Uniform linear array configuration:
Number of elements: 8
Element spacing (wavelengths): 1
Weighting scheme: cosine
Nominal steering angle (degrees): -30
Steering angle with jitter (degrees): -30.264
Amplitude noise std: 0.05
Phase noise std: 0.05

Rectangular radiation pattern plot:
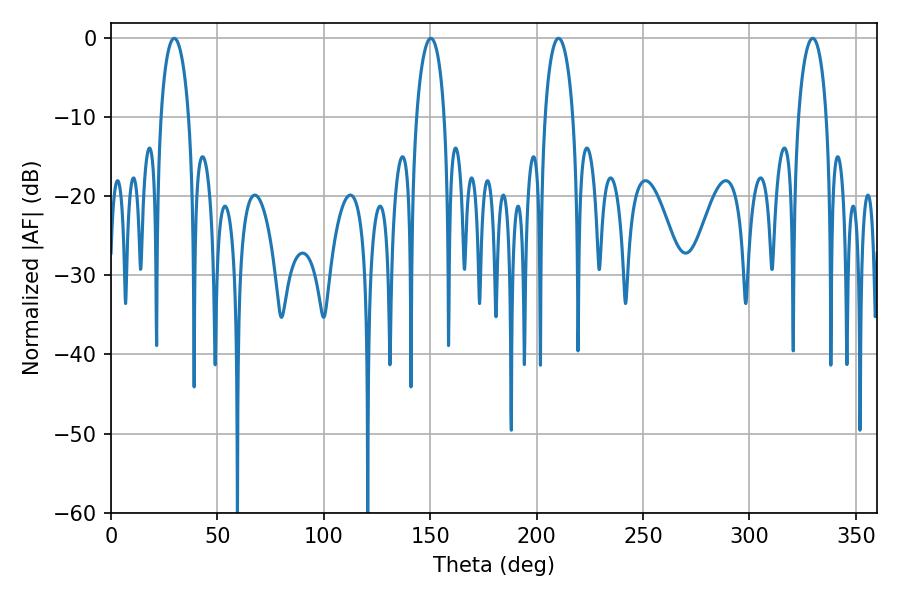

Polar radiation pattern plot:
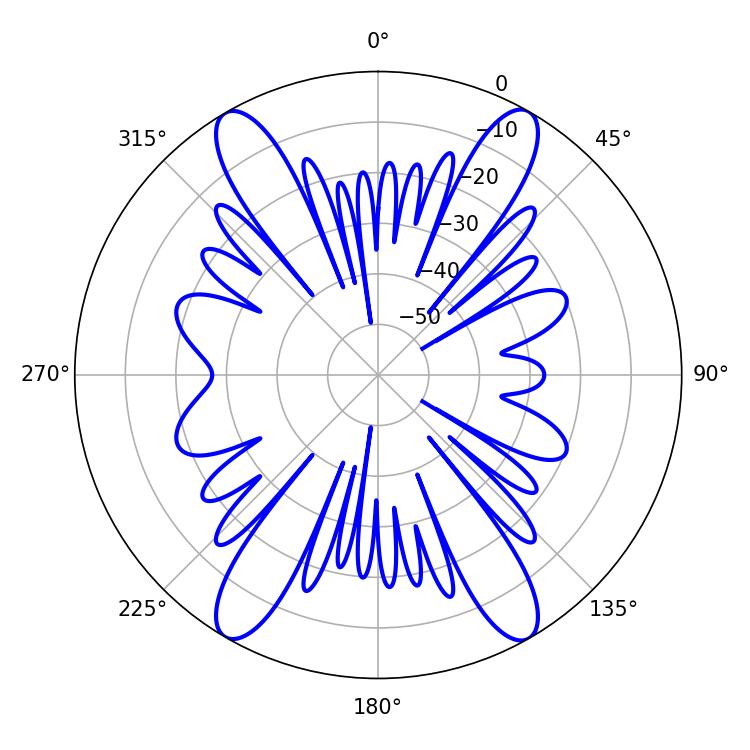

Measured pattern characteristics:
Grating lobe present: TRUE
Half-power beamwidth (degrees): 7.38
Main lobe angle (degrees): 29.7